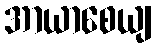
အာယာစေယျ